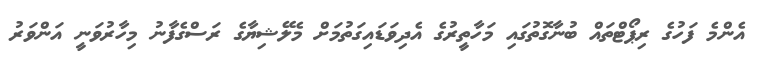
އެންމެ ފަހުގެ ރިޕޯޓްތައް ބުނާގޮތުގައި މަހާތީރުގެ އެދިވަޑައިގަތުމަށް މެލޭޝިޔާގެ ރަސްގެފާނު މިހާރުވަނީ އަންވަރު